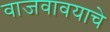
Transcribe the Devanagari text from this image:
वाजवावयाचे